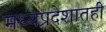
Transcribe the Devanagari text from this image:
मध्यप्रदेशातही